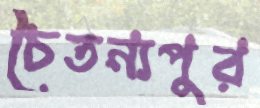
চৈতন্যপুর